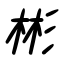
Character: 彬